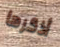
أذكرها